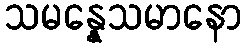
သမန္နေသမာနော